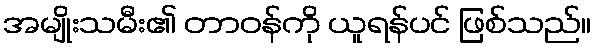
အမျိုးသမီး၏ တာဝန်ကို ယူရန်ပင် ဖြစ်သည်။